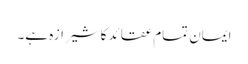
ایمان تمام عقائد کا شیرازہ ہے۔